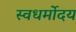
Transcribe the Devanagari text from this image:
स्वधर्मोदय